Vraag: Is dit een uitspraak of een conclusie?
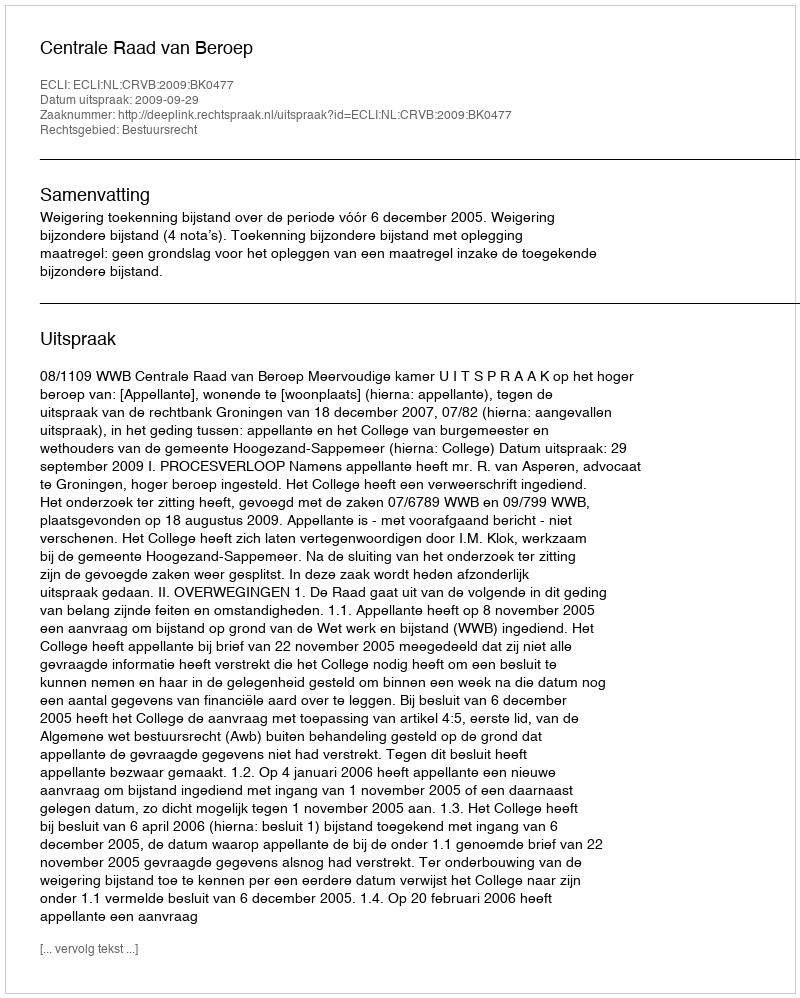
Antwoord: Uitspraak